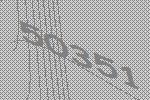
50351